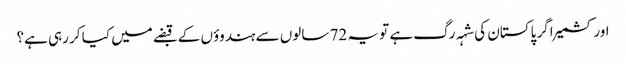
اور کشمیر اگر پاکستان کی شہہ رگ ہے تو یہ 72 سالوں سے ہندوؤں کے قبضے میں کیا کر رہی ہے؟